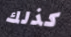
كذلك